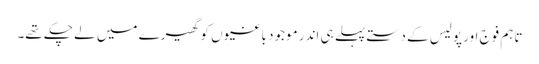
تاہم فوج اور پولیس کے دستے پہلے ہی اندر موجود باغیوں کو گھیرے میں لے چکے تھے۔